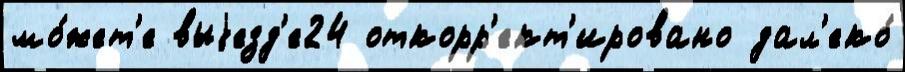
мо́жет'е выjезд'е24 откорр'ект'ировано дал'еко́